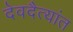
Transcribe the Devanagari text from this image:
देवदैत्यांत